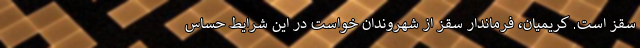
سقز است. کریمیان، فرماندار سقز از شهروندان خواست در این شرایط حساس